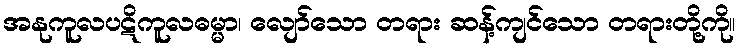
အနုကူလပဋိကူလဓမ္မာ၊ လျော်သော တရား ဆန့်ကျင်သော တရားတို့ကို။